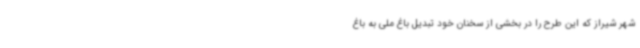
شهر شیراز که این طرح را در بخشی از سخنان خود تبدیل باغ ملی به باغ